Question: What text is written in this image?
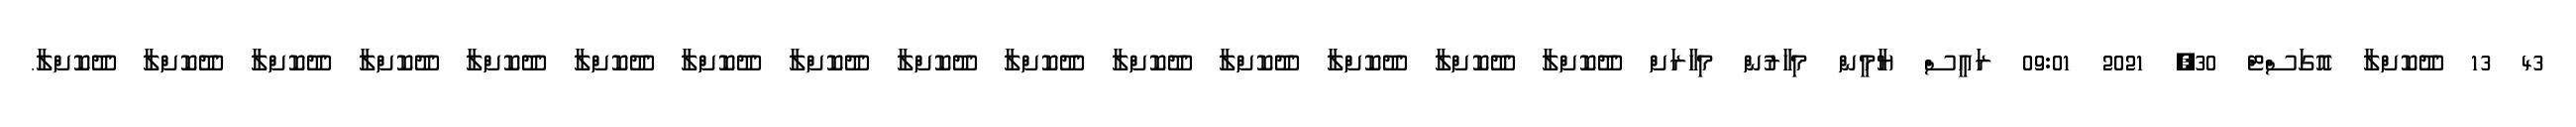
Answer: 43 13 ދޫކޮށްލާ އޮގަސްޓް 30, 2021 09:01 ރައީސް ޔާމީން މިހާރުން މިހާރަށް ދޫކޮށްލާ ދޫކޮށްލާ ދޫކޮށްލާ ދޫކޮށްލާ ދޫކޮށްލާ ދޫކޮށްލާ ދޫކޮށްލާ ދޫކޮށްލާ ދޫކޮށްލާ ދޫކޮށްލާ ދޫކޮށްލާ ދޫކޮށްލާ ދޫކޮށްލާ ދޫކޮށްލާ ދޫކޮށްލާ.